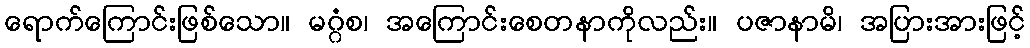
ရောက်ကြောင်းဖြစ်သော။ မဂ္ဂံစ၊ အကြောင်းစေတနာကိုလည်း။ ပဇာနာမိ၊ အပြားအားဖြင့်